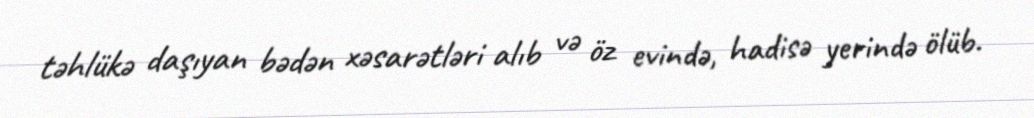
təhlükə daşıyan bədən xəsarətləri alıb və öz evində, hadisə yerində ölüb.